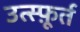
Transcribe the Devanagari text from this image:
उत्स्फ़ूर्त